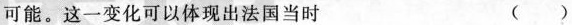
可能。这一变化可以体现出法国当时 （）